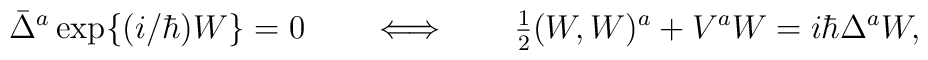
\bar{\Delta}^a\, {\rm exp}\{ (i/ \hbar) W \} = 0\qquad\Longleftrightarrow \qquad\hbox{$\frac{1}{2}$} ( W, W )^a + V^a W = i \hbar \Delta^a W,